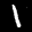
Label: 1